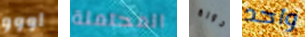
اووو المحتملة دورة واحد